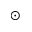
_ \odot